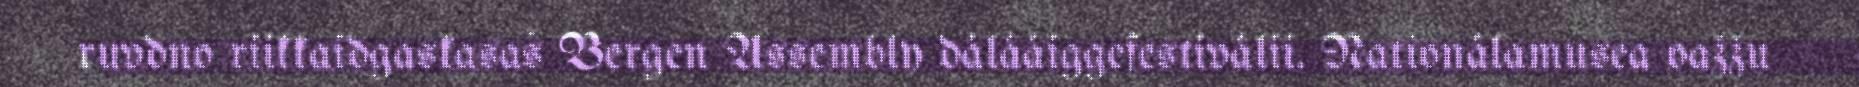
ruvdno riikkaidgaskasaš Bergen Assembly dálááiggefestiválii. Nationálamusea oažžu